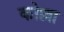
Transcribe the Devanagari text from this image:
कोल्ला